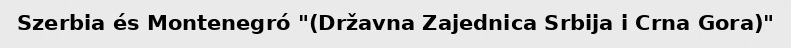
Szerbia és Montenegró "(Državna Zajednica Srbija i Crna Gora)"